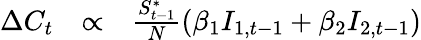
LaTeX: \begin{array}{rcl}{\Delta C_{t}}&{\propto}&{\frac{S_{t-1}^{*}}{N}(\beta_{1}I_{1,t-1}+\beta_{2}I_{2,t-1})}\end{array}